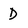
Character: D